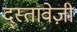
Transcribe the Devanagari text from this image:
द्स्तावेज़ी